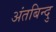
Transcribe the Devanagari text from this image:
अंतबिन्दु